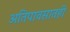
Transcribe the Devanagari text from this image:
अतिपावसातही